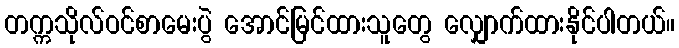
တက္ကသိုလ်ဝင်စာမေးပွဲ အောင်မြင်ထားသူတွေ လျှောက်ထားနိုင်ပါတယ်။